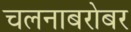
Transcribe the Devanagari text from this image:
चलनाबरोबर